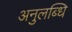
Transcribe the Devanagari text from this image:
अनुलब्धि